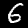
Label: 6